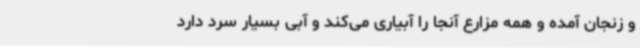
و زنجان آمده و همه مزارع آنجا را آبیاری می‌کند و آبی بسیار سرد دارد